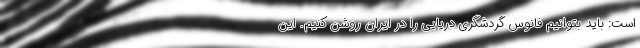
است: باید بتوانیم فانوس گردشگری دریایی را در ایران روشن کنیم. این